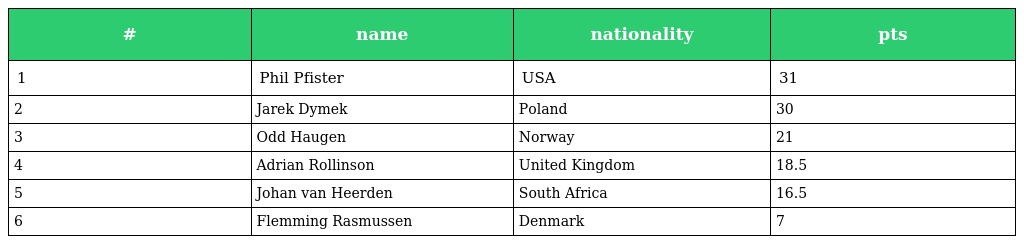
| # | name | nationality | pts |
 | --- | --- | --- | --- |
 | 1 | Phil Pfister | USA | 31 |
 | 2 | Jarek Dymek | Poland | 30 |
 | 3 | Odd Haugen | Norway | 21 |
 | 4 | Adrian Rollinson | United Kingdom | 18.5 |
 | 5 | Johan van Heerden | South Africa | 16.5 |
 | 6 | Flemming Rasmussen | Denmark | 7 |